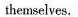
themselves.